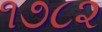
૧૭૮૨